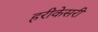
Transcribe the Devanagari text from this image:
हरीकेसरी